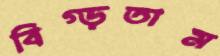
বিগ্‌ড়তাম